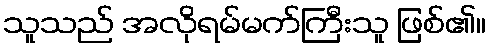
သူသည် အလိုရမ်မက်ကြီးသူ ဖြစ်၏။